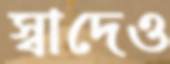
স্বাদেও